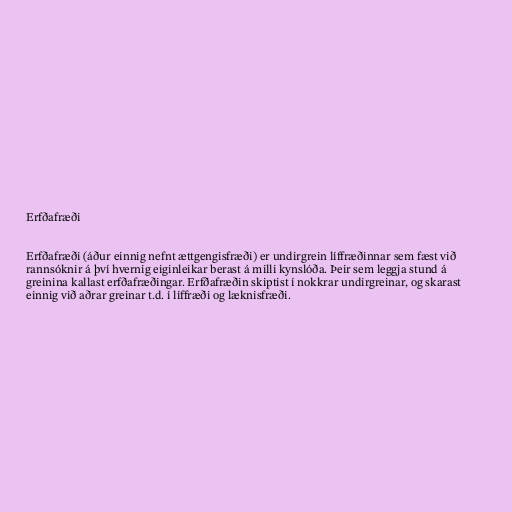
Erfðafræði

Erfðafræði (áður einnig nefnt ættgengisfræði) er undirgrein líffræðinnar sem fæst við
rannsóknir á því hvernig eiginleikar berast á milli kynslóða. Þeir sem leggja stund á
greinina kallast erfðafræðingar. Erfðafræðin skiptist í nokkrar undirgreinar, og skarast
einnig við aðrar greinar t.d. í líffræði og læknisfræði.